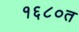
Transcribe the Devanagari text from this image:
१६८०त